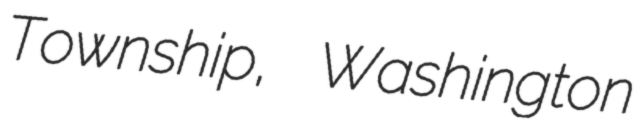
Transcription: Township, Washington